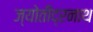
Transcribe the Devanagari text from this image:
ज्योतींद्रनाथ